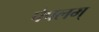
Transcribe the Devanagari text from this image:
पेपलम्